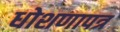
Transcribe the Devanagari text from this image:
धोशणापत्र